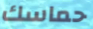
حماسك